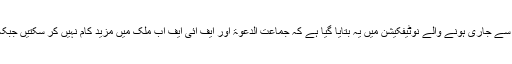
وزیر قانون پنجاب رانا ثناء اللہ کہنا تھا کہ وزارتِ داخلہ کی جانب سے جاری ہونے والے نوٹیفکیشن میں یہ بتایا گیا ہے کہ جماعت الدعوۃ اور ایف آئی ایف اب ملک میں مزید کام نہیں کر سکتیں جبکہ ان کی تمام منقولہ اور غیر منقولہ جائیدادیں ضبط کرلی جائیں گی۔